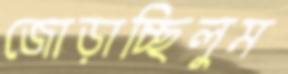
জোড়াচ্ছিলুম